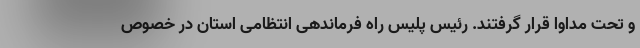
و تحت مداوا قرار گرفتند. رئیس پلیس راه فرماندهی انتظامی استان در خصوص